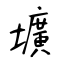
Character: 壙